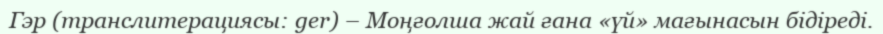
Гэр (транслитерациясы: ger) – Моңғолша жай ғана «үй» мағынасын бідіреді.